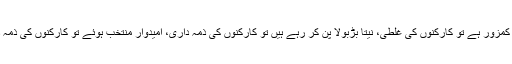
تنظیم کمزور ہے تو کارکنوں کی غلطی، نیتا بڑبولا پن کر رہے ہیں تو کارکنوں کی ذمہ داری، امیدوار منتخب ہوئے تو کارکنوں کی ذمہ داری۔